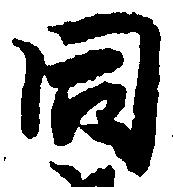
同